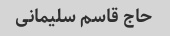
حاج قاسم سلیمانی